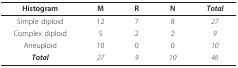
| Histogram | M | R | N | Total |
 | --- | --- | --- | --- | --- |
 | Simple diploid | 12 | 7 | 8 | 27 |
 | Complex diploid | 5 | 2 | 2 | 9 |
 | Aneuploid | 10 | 0 | 0 | 10 |
 | Total | 27 | 9 | 10 | 46 |